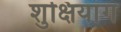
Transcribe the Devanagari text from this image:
शुक्षियांग